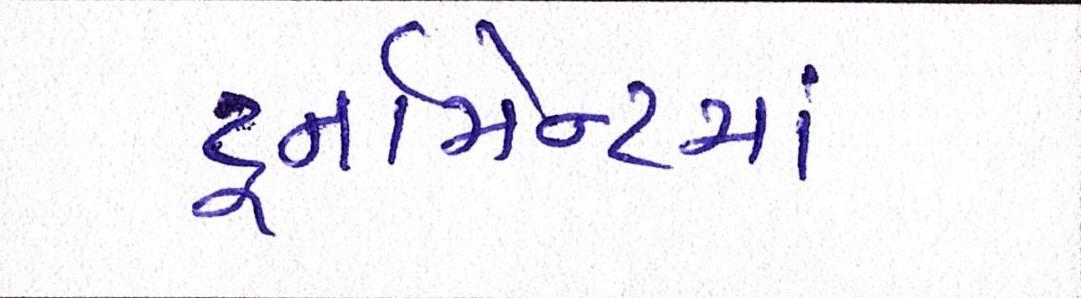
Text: ટૂર્નામેન્ટમાં